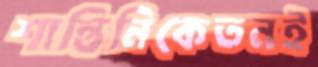
শান্তিনিকেতনই